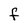
Character: f